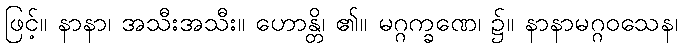
ဖြင့်။ နာနာ၊ အသီးအသီး။ ဟောန္တိ၊ ၏။ မဂ္ဂက္ခဏေ၊ ၌။ နာနာမဂ္ဂဝသေန၊